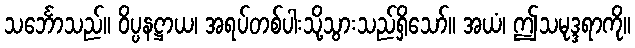
သင်္ဘောသည်။ ဝိပ္ပနဋ္ဌာယ၊ အရပ်တစ်ပါးသို့သွားသည်ရှိသော်။ အယံ၊ ဤသမုဒ္ဒရာကို။